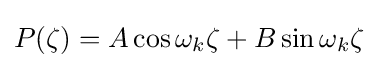
P(\zeta )=A\cos {\omega _{k}\zeta }+B\sin {\omega _{k}\zeta }